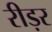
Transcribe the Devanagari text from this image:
रीड़र